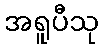
အရူပီသု